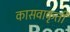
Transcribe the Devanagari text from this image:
कासवाकृती